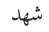
شھد